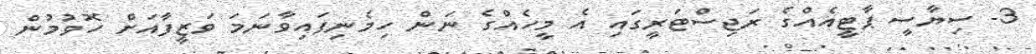
3- ސިޔާސީ ޕާޓީއެއްގެ ރަޖިސްޓަރީގައި އެ މީހެއްގެ ނަން ހިމެނިފައިވާނަމަ ވަޒީފާއަށް ހޮވުމުން